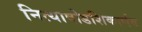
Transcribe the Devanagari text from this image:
नित्याषोडशिकार्णव